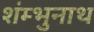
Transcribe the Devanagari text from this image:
शंम्भुनाथ